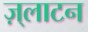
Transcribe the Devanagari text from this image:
ज़्लाटन